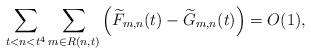
LaTeX: \begin{align*}\sum_{t<n<t^4} \sum_{m\in R(n,t)} \left(\widetilde{F}_{m,n}(t) - \widetilde{G}_{m,n}(t)\right) = O(1),\end{align*}